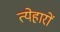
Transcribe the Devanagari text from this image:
त्येहारों